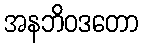
အနဘိဝဒတော